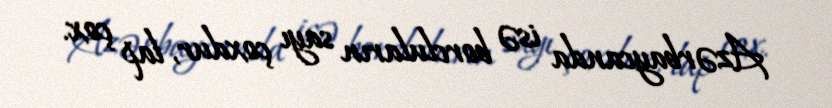
Azərbaycanda isə borcluların sayı çoxdur, lap çox.